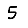
Digit: 5